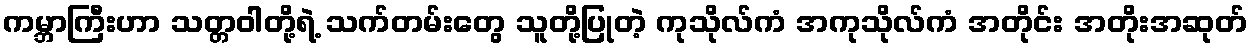
ကမ္ဘာကြီးဟာ သတ္တဝါတို့ရဲ့ သက်တမ်းတွေ သူတို့ပြုတဲ့ ကုသိုလ်ကံ အကုသိုလ်ကံ အတိုင်း အတိုးအဆုတ်